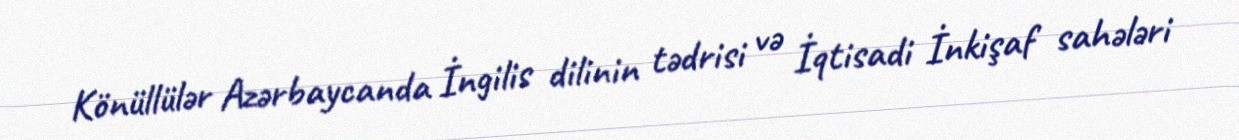
Könüllülər Azərbaycanda İngilis dilinin tədrisi və İqtisadi İnkişaf sahələri